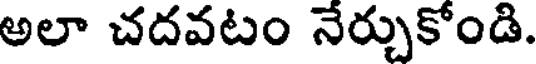
అలా చదవటం నేర్చుకోండి.